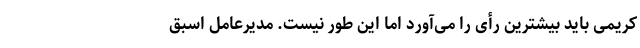
کریمی باید بیشترین رأی را می‌آورد اما این طور نیست. مدیرعامل اسبق